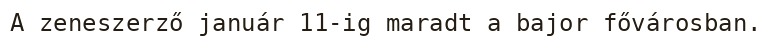
A zeneszerző január 11-ig maradt a bajor fővárosban.